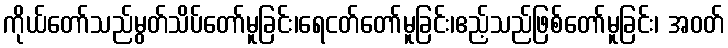
ကိုယ်တော်သည်မွတ်သိပ်တော်မူခြင်း၊ရေငတ်တော်မူခြင်း၊ဧည့်သည်ဖြစ်တော်မူခြင်း၊ အဝတ်